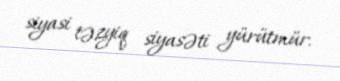
siyasi təzyiq siyasəti yürütmür.